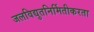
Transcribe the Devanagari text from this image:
जलविद्युतनिर्मितीकरता